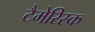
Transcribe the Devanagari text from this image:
टैमेरिस्क